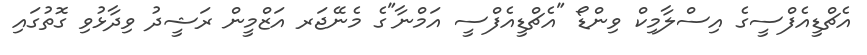
އެޗްޑީއެފްސީގެ އިސްލާމިކް ވިންޑޯ "އެޗްޑީއެފްސީ އަމްނާ"ގެ މެނޭޖަރ އަޒްމީން ރަޝީދު ވިދާޅުވި ގޮތުގައި